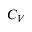
C _ { V }